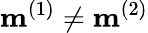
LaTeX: \mathbf{m}^{(1)}\neq\mathbf{m}^{(2)}